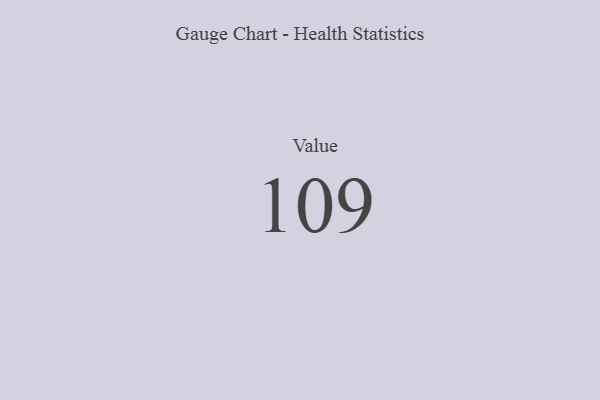
{"axis": {"x": "Metric", "y": "Value"}, "legend": [""], "data": [{"x": "Value", "y": 109, "type": ""}]}